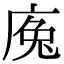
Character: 𢉕